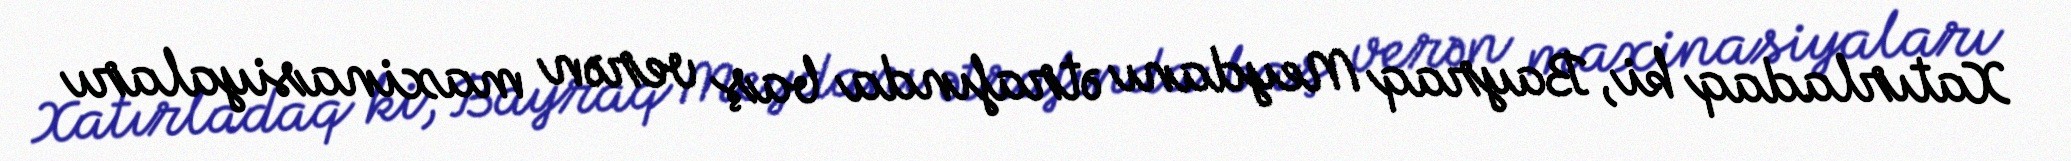
Xatırladaq ki, Bayraq Meydanı ətrafında baş verən maxinasiyaları